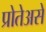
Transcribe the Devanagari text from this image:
प्रोतेअसे